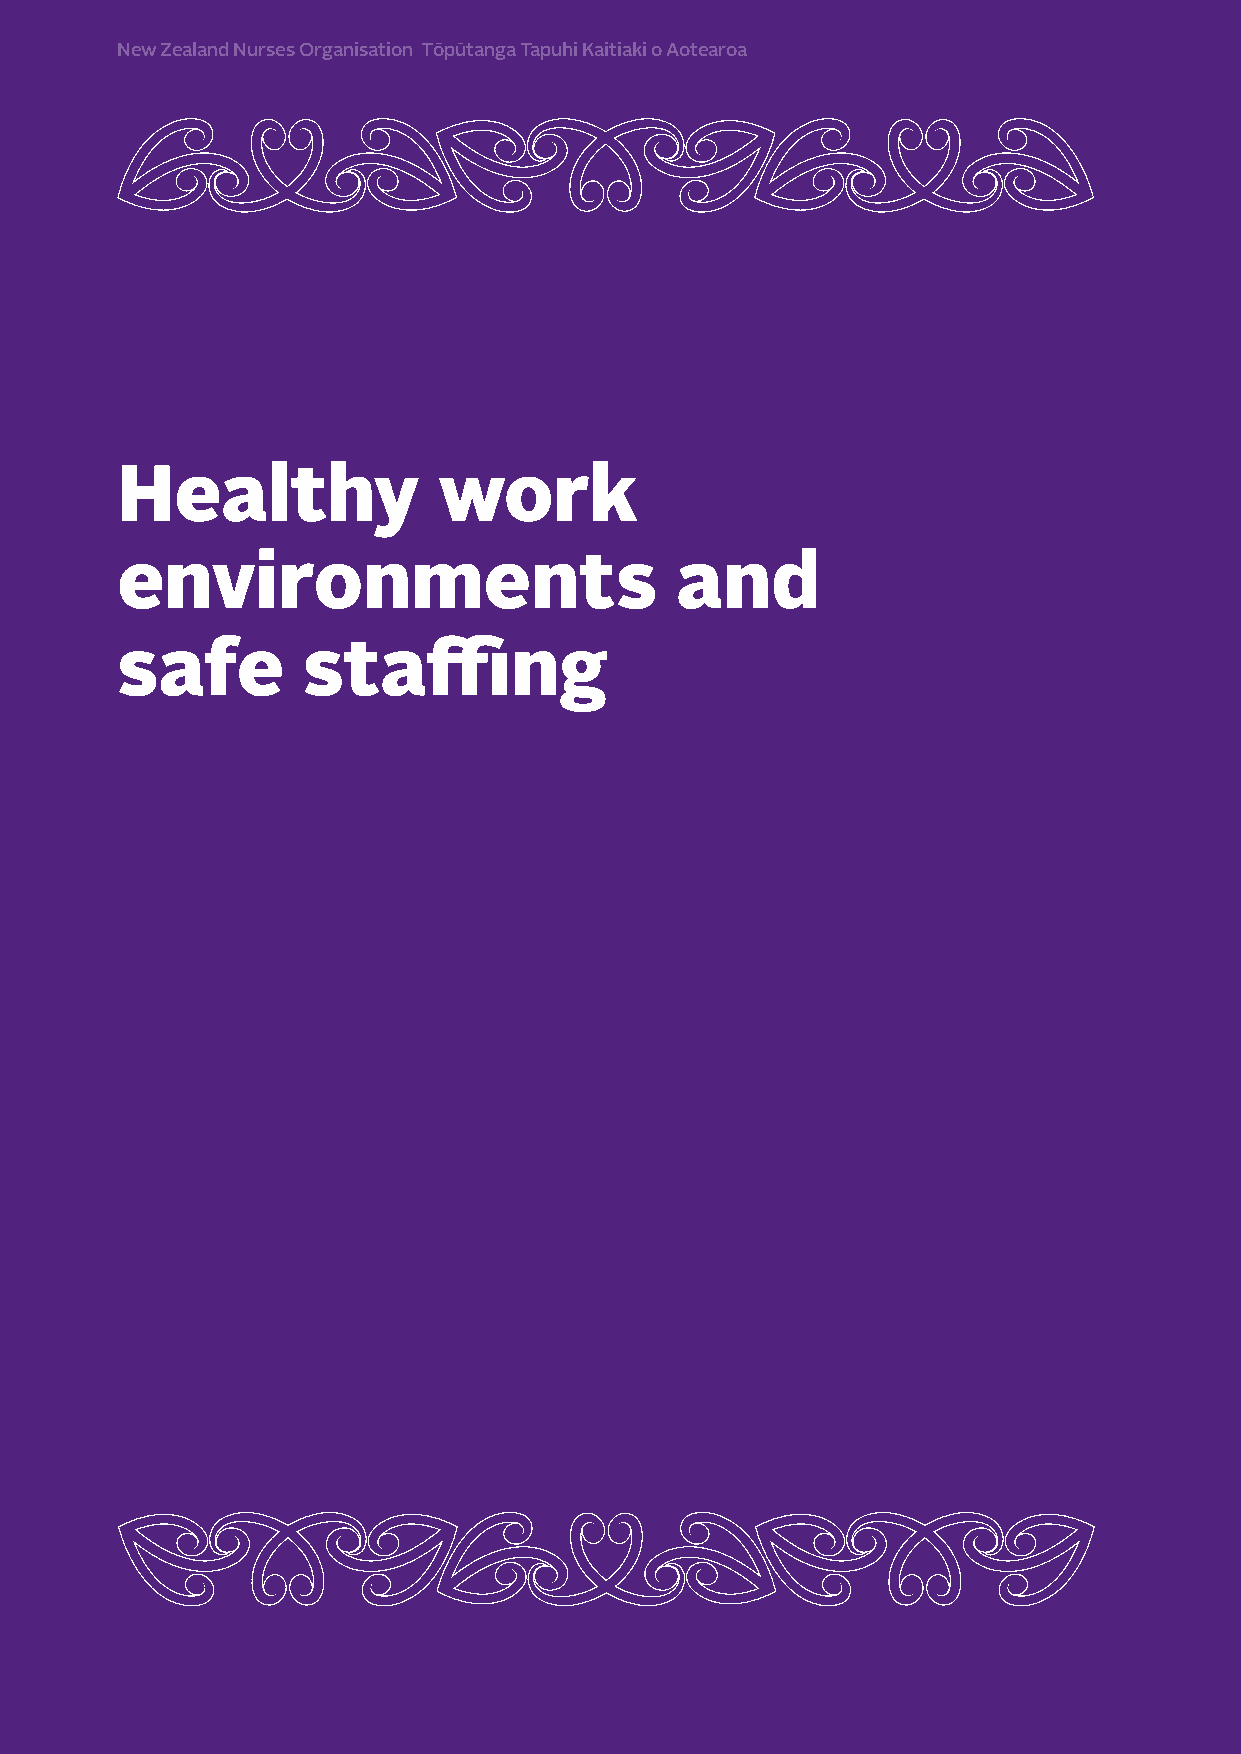
New Zealand Nurses Organisation Tōpūtanga Tapuhi Kaitiaki o Aotearoa
 Healthy              work
 environments                         and
 safe        staffing